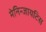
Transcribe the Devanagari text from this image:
मेनिन्जायटिस